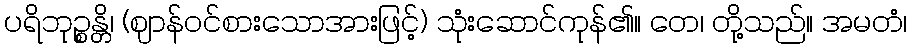
ပရိဘုဉ္စန္တိ၊ (ဈာန်ဝင်စားသောအားဖြင့်) သုံးဆောင်ကုန်၏။ တေ၊ တို့သည်။ အမတံ၊